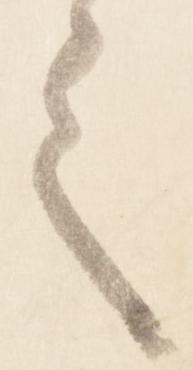
之